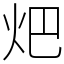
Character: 𤆵